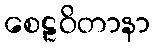
စေဠဝိတာနာ